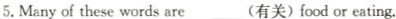
5.Manyof these words are___(有关)food or eating.